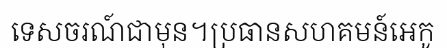
ទេសចរណ៍ជាមុន។ប្រធានសហគមន៍អេកូ